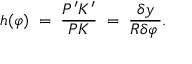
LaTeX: \quad h ( \varphi ) \; = \; { \frac { P ^ { \prime } K ^ { \prime } } { P K } } \; = \; { \frac { \delta y } { R \delta \varphi \, } } .